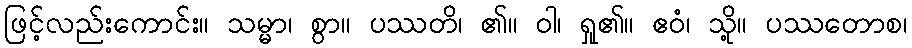
ဖြင့်လည်းကောင်း။ သမ္မာ၊ စွာ။ ပဿတိ၊ ၏။ ဝါ၊ ရှု၏။ ဧဝံ၊ သို့။ ပဿတောစ၊